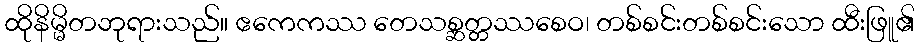
ထိုနိမ္မိတဘုရားသည်။ ဧကေကဿ တေသစ္ဆတ္တဿစေဝ၊ တစ်စင်းတစ်စင်းသော ထီးဖြူ၏